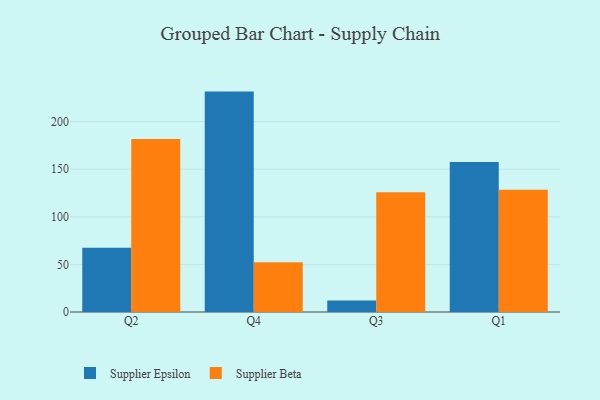
{"axis": {"x": "Quarter", "y": "Production Output"}, "legend": ["Supplier Beta", "Supplier Epsilon"], "data": [{"x": "Q2", "y": 67.6, "type": "Supplier Epsilon"}, {"x": "Q2", "y": 181.6, "type": "Supplier Beta"}, {"x": "Q4", "y": 231.5, "type": "Supplier Epsilon"}, {"x": "Q4", "y": 52.2, "type": "Supplier Beta"}, {"x": "Q3", "y": 12.1, "type": "Supplier Epsilon"}, {"x": "Q3", "y": 125.9, "type": "Supplier Beta"}, {"x": "Q1", "y": 157.6, "type": "Supplier Epsilon"}, {"x": "Q1", "y": 128.3, "type": "Supplier Beta"}]}